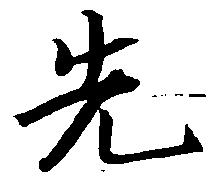
先